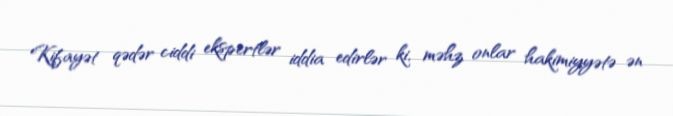
Kifayət qədər ciddi ekspertlər iddia edirlər ki, məhz onlar hakimiyyətə ən